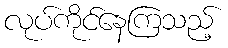
လုပ်ကိုင်နေကြသည့်